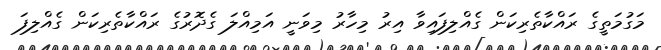
މަގުމަތީގެ ރައްކާތެރިކަން ގެއްލިފައިވާ އިރު މިހާރު މިވަނީ އަމިއްލަ ގެދޮރުގެ ރައްކާތެރިކަން ގެއްލިފަ